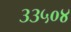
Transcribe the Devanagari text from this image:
३३५०४